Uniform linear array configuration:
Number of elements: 32
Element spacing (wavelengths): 0.5
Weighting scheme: uniform
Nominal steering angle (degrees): -30
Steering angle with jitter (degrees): -31.534
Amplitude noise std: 0.05
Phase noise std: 0.05

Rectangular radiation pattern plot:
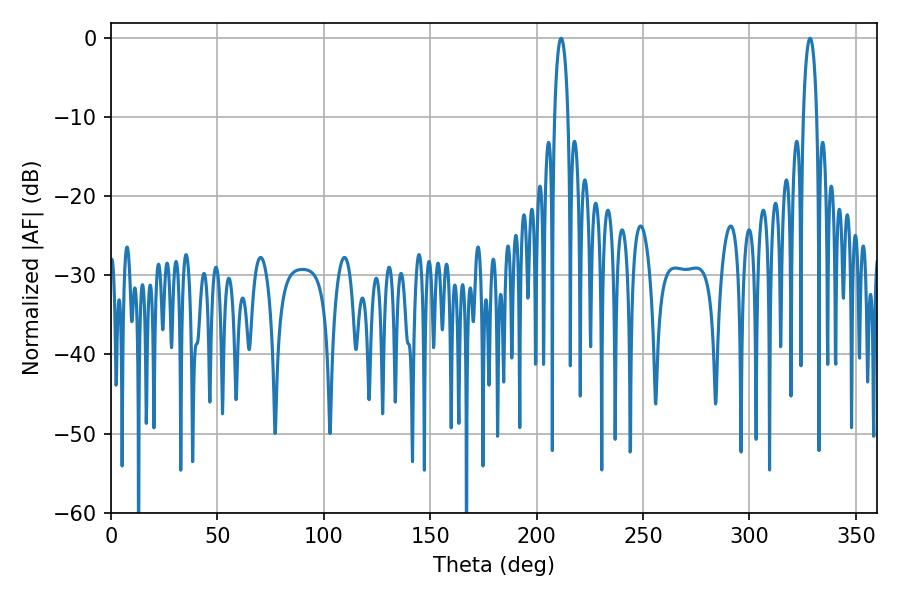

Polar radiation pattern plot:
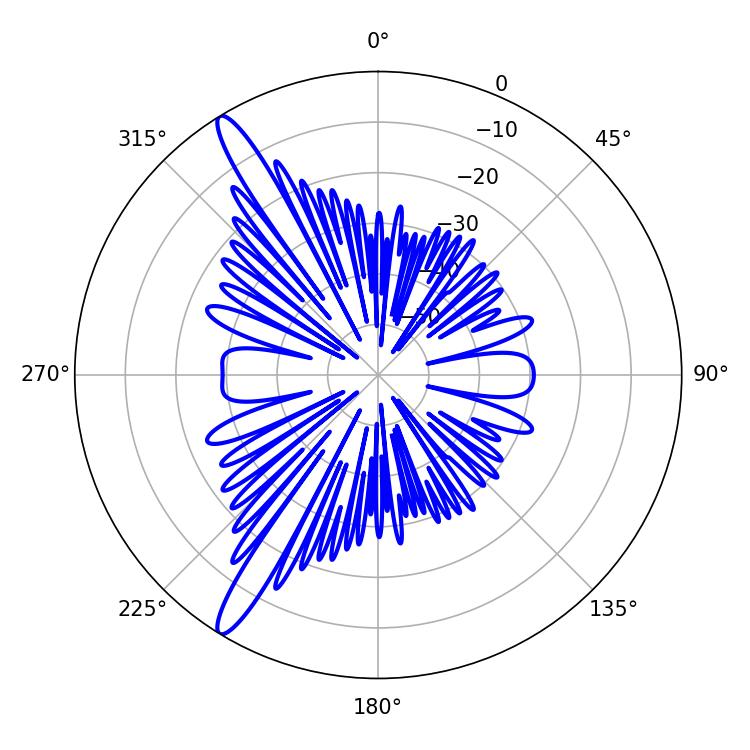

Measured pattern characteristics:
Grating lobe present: FALSE
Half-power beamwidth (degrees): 3.6
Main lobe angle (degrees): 211.5